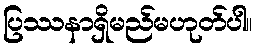
ပြဿနာရှိမည်မဟုတ်ပါ။